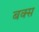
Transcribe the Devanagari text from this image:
बक्‍स